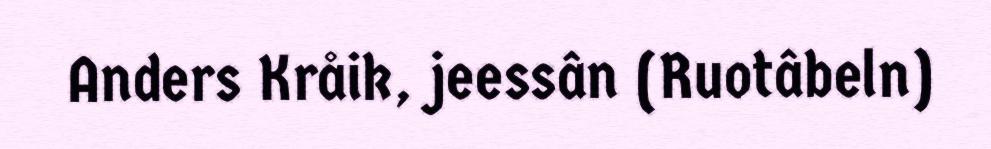
Anders Kråik, jeessân (Ruotâbeln)